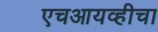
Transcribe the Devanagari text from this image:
एचआयव्हीचा